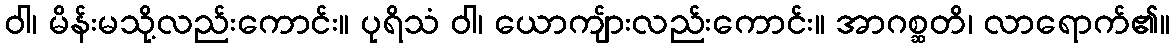
ဝါ၊ မိန်းမသို့လည်းကောင်း။ ပုရိသံ ဝါ၊ ယောကျ်ားလည်းကောင်း။ အာဂစ္ဆတိ၊ လာရောက်၏။